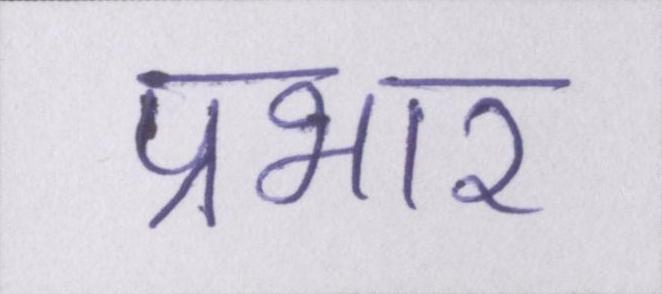
प्रभार